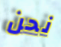
نحن